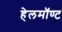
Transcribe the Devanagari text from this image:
हेलमॉण्ट